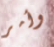
وأمر